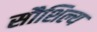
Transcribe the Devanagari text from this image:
सौशिल्य